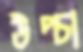
উপ্‌চা